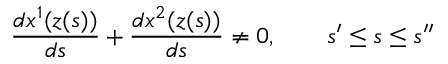
\frac { d x ^ { 1 } ( z ( s ) ) } { d s } + \frac { d x ^ { 2 } ( z ( s ) ) } { d s } \neq 0 , \quad \quad s ^ { \prime } \leq s \leq s ^ { \prime \prime }